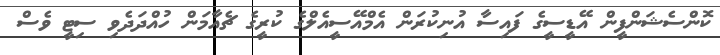
ކޮންސެޝަންފީން އޭޑީސީގެ ފައިސާ އުނިކުރަން އެމްއޭސީއެލްގެ ކުރީގެ ޗެއާމަން ހުއްދަދެވި ސިޓީ ވެސް